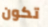
تكون